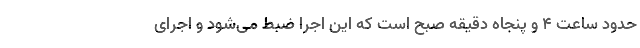
حدود ساعت 4 و پنجاه دقیقه صبح است که این اجرا ضبط می‌شود و اجرای